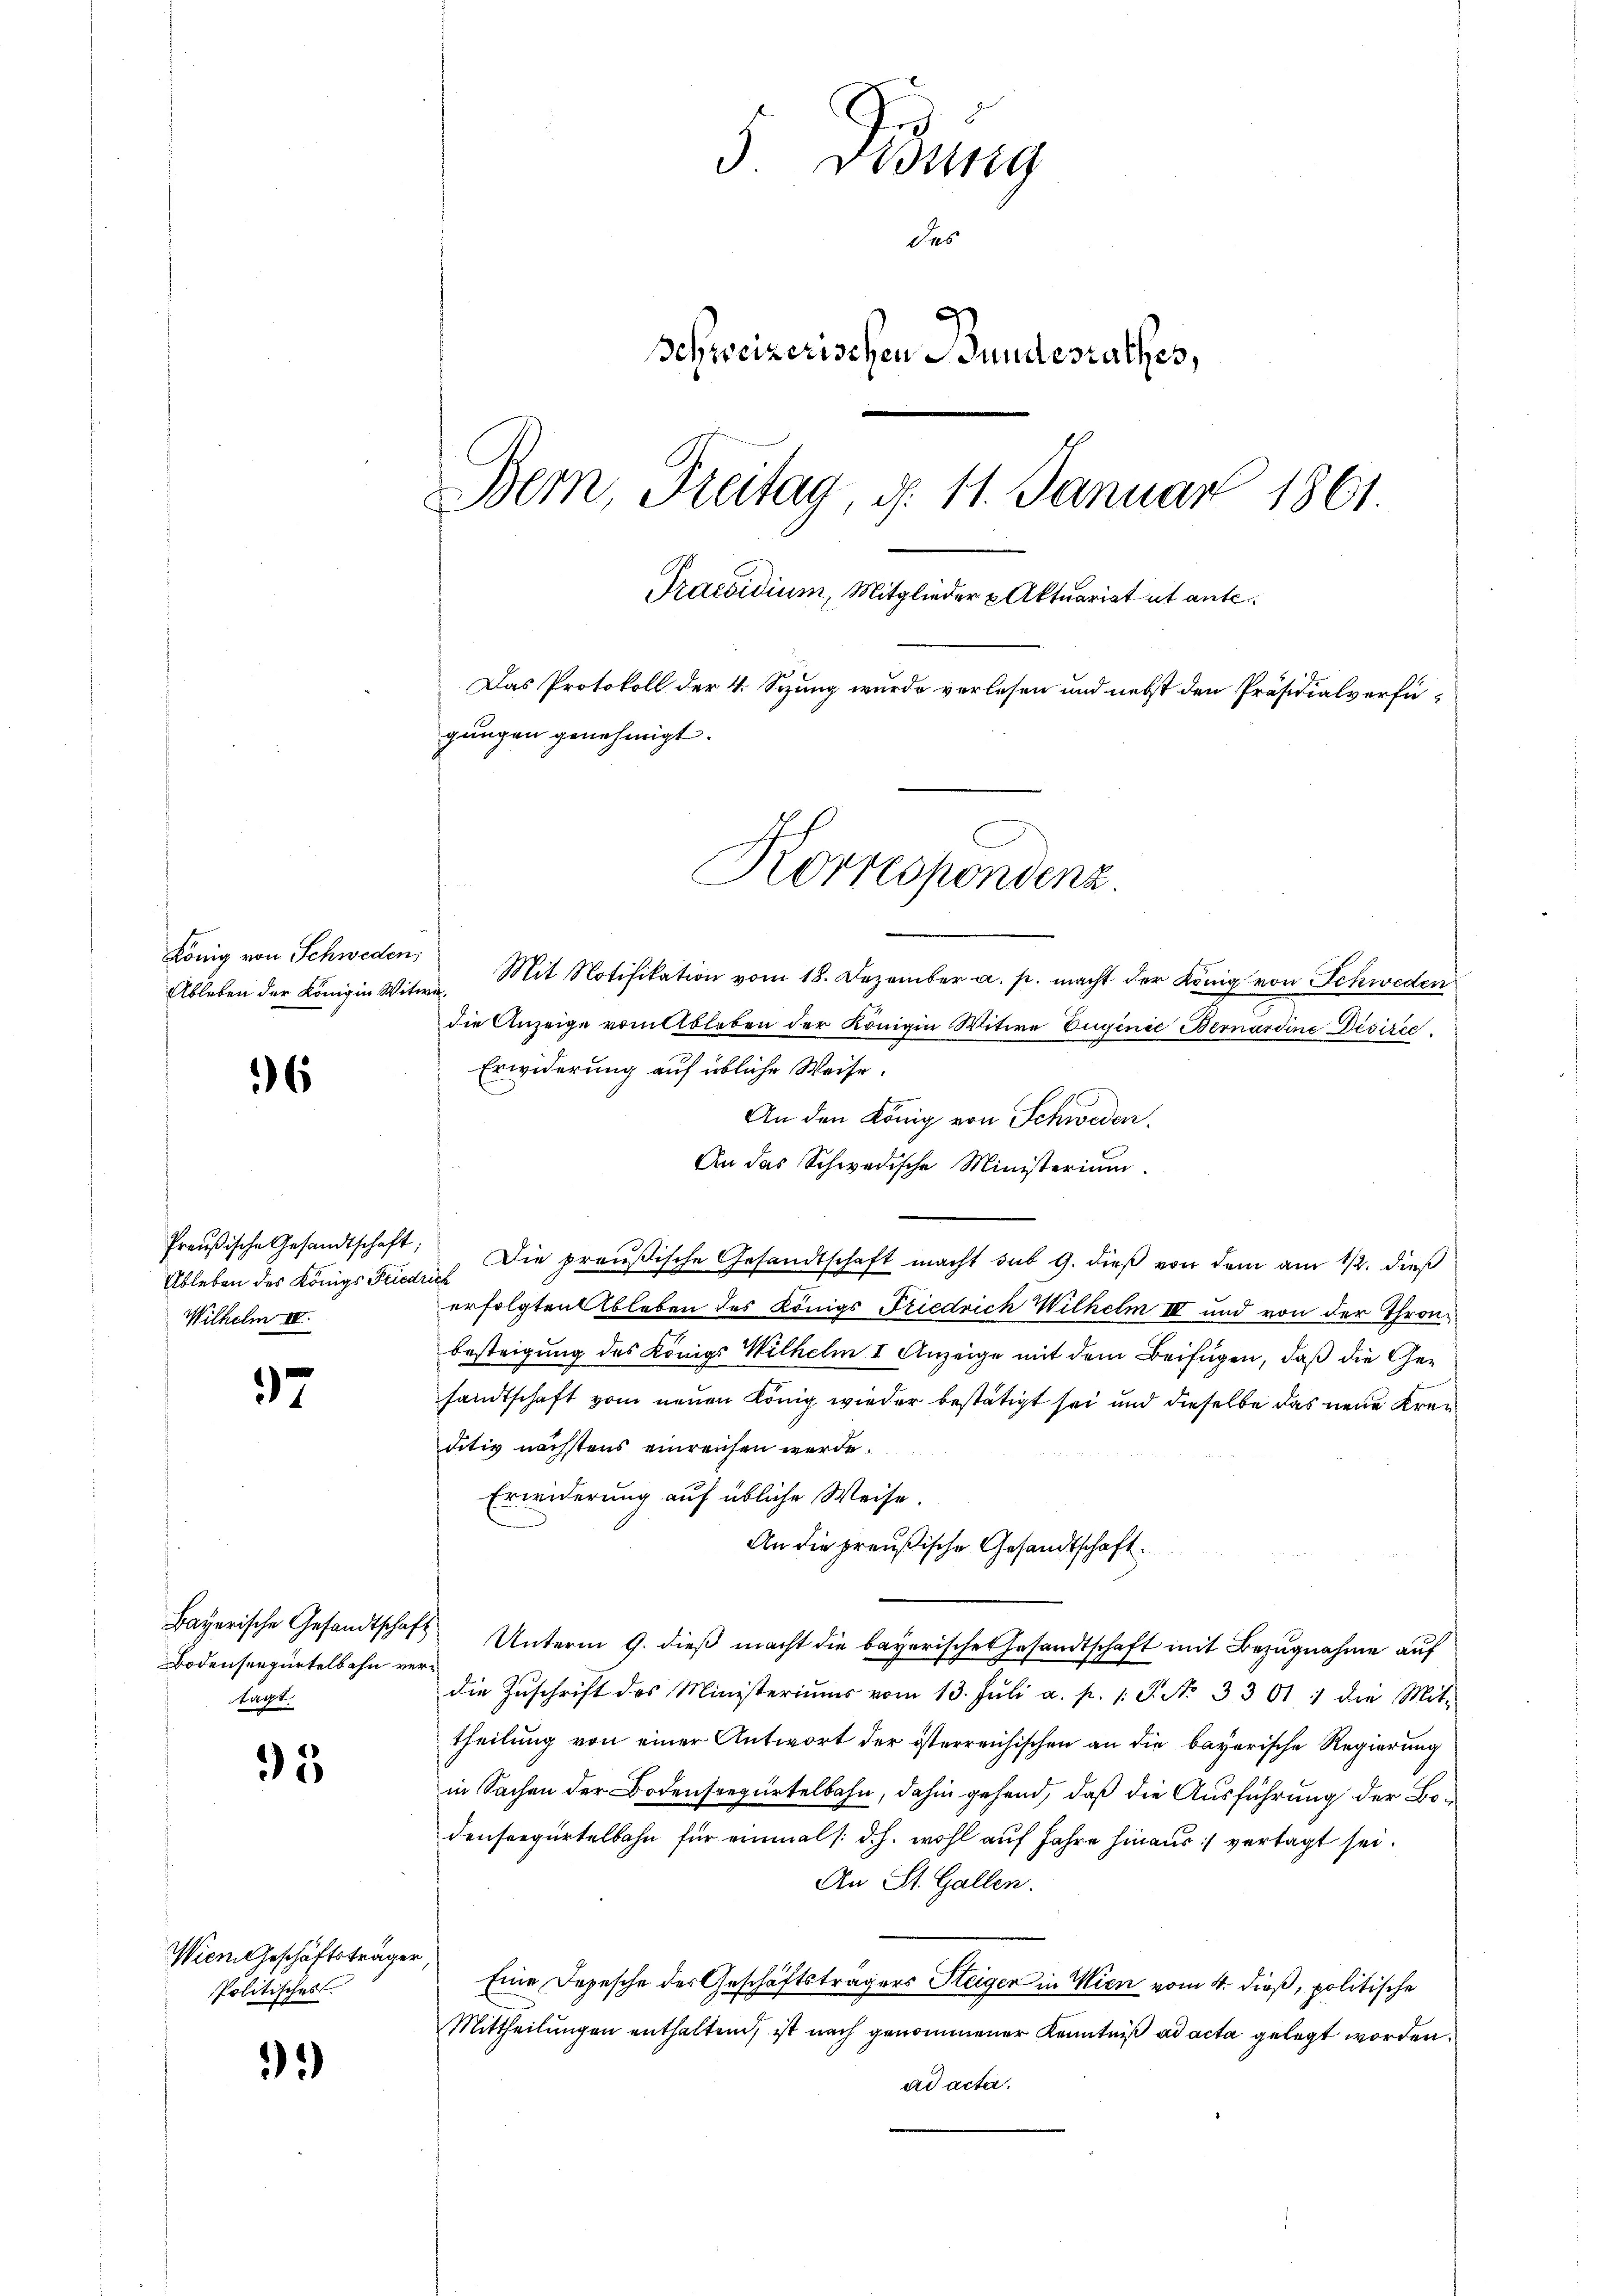
König von Schweden;
Ableben der Königin Witw

6

Preußische Gesandtschaft;
Ableben des Königs Friedr.
Wilhelm IV.

37

Bayerische Gesandtschaft
Bodenseegürtelbahn vertagt.

95

Wien Geschäftsträger
Politisches

*)

5 Didung
Seb
9
Schweizerischen Bundesrathes,
Bern, Freitag, d. 11. Januar 1861
Praesidium, Mitglieder u Aktuariat ut ante
Das Protokoll der 4. Sitzung wurde verlesen und nebst den Präsidialverfügungen genehmigt.

Mit Notifikation vom 18. Dezember a. p. macht der König von Schweden
¬
die Anzeige vom Ableben der Königin Witwe Euginie Bernardine Disirec
Erwiderung auf übliche Weise.
An den König von Schweden.
An das Schwedische Ministerium.
Die preußische Gesandtschaft macht sub 9. dieß von dem am 12. dieß
d
erfolgten Ableben des Königs Friedrich Wilhelm III und von der Thronbesteigung des Königs Wilhelm I. Anzeige mit dem Beifügen, daß die Gesandtschaft vom neuen König wieder bestätigt sei und dieselbe das neue Kreuditiv nächstens einreichen werde.
Erwiderung auf übliche Weise.
An die preußische Gesandtschaft.
Unterm 9. dieß macht die bayerischen Gesandtschaft mit Bezugnahme auf
die Zŭschrift des Ministeriums vom 13. Jŭli a. p. 1. P. Nr. 3301 : die Mit-
theilung von einer Antwort der österreichischen an die bayerische Regierung
in Sachen der Bodensregürtelbahn, dahin gehend, daß die Ausführung der Bodenseegürtelbahn für einmal /: d. h. wohl auf Jahre hinaus vertagt sei.
An St. Gallen.
Eine Depesche des Geschäftsträgers Steigen in Wien vom 4. dieß, politische
Mittheilungen enthaltend, ist nach genommener Kenntniß ad acta gelegt worden.
ad acta.

Korrespondenz